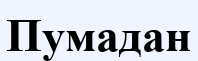
Пумадан